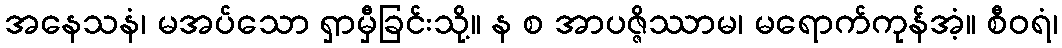
အနေသနံ၊ မအပ်သော ရှာမှီခြင်းသို့။ န စ အာပဇ္ဇိဿာမ၊ မရောက်ကုန်အံ့။ စီဝရံ၊